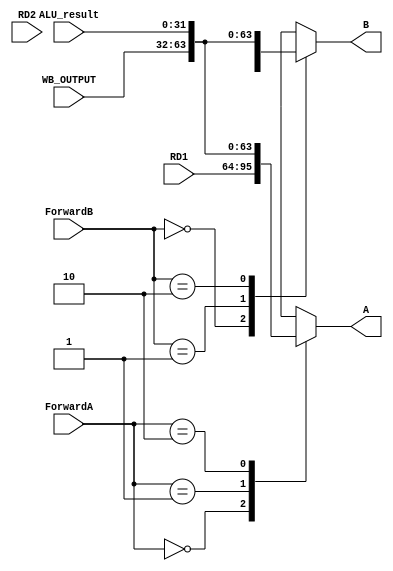
// Forwarding Unit  signal  ALU input A, B  MUX module
//    data forwarding   Data Hazard 

module FORWARDING_MUX
(	
	input	[1:0]	ForwardA		,
	input	[1:0]	ForwardB		,
	input	[31:0]	ALU_result		,
	input	[31:0]	WB_OUTPUT		,
	input	[31:0]	RD1				,
	input	[31:0] 	RD2				,

	output	[31:0]	A				,
	output	[31:0] 	B
);

	/* case  MUX  */
	
	//ALU input A 
	reg		[31:0]	A_r;
	always @ (*) begin
		casex (ForwardA)
			2'b00 	:  A_r = RD1;
			2'b01 	:  A_r = WB_OUTPUT;
			2'b10 	:  A_r = ALU_result;
			default	:  A_r = 32'bx;
		endcase
	end

	//ALU input B
	reg		[31:0]	B_r; 
	always @ (*) begin
		casex (ForwardB)
			2'b00 	:  B_r = RD2;
			2'b01 	:  B_r = WB_OUTPUT;
			2'b10 	:  B_r = ALU_result;
			default	:  B_r = 32'bx;
		endcase
	end

	assign A = A_r;
	assign B = B_r;
	
endmodule